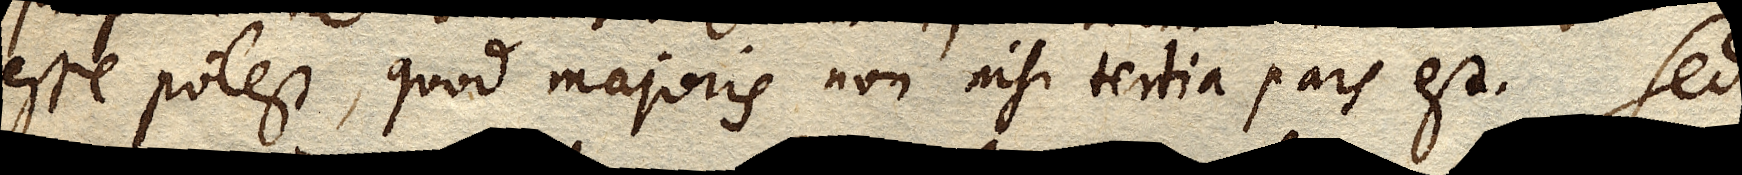
esse potest, quod majoris non nisi tertia pars est. Sed